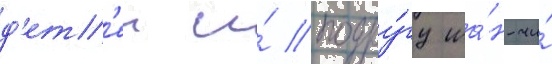
д'ет'еи и́ подру́гу ша́н-чи́